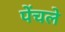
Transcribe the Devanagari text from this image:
पेंचले